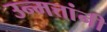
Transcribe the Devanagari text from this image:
उन्मत्तांनी